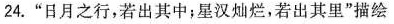
24.”日月之行，若出其中；星汉灿烂，若出其里”描绘了